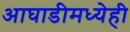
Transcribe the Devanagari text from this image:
आघाडीमध्येही